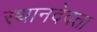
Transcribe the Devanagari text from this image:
स्थानदेवता